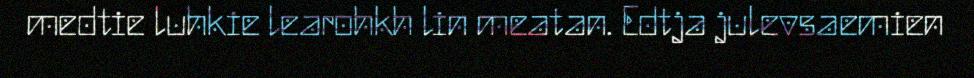
medtie luhkie learohkh lin meatan. Edtja julevsaemien